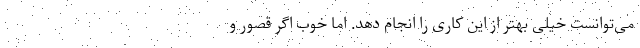
می‌توانست خیلی بهتر از این کاری را انجام دهد. اما خوب اگر قصور و